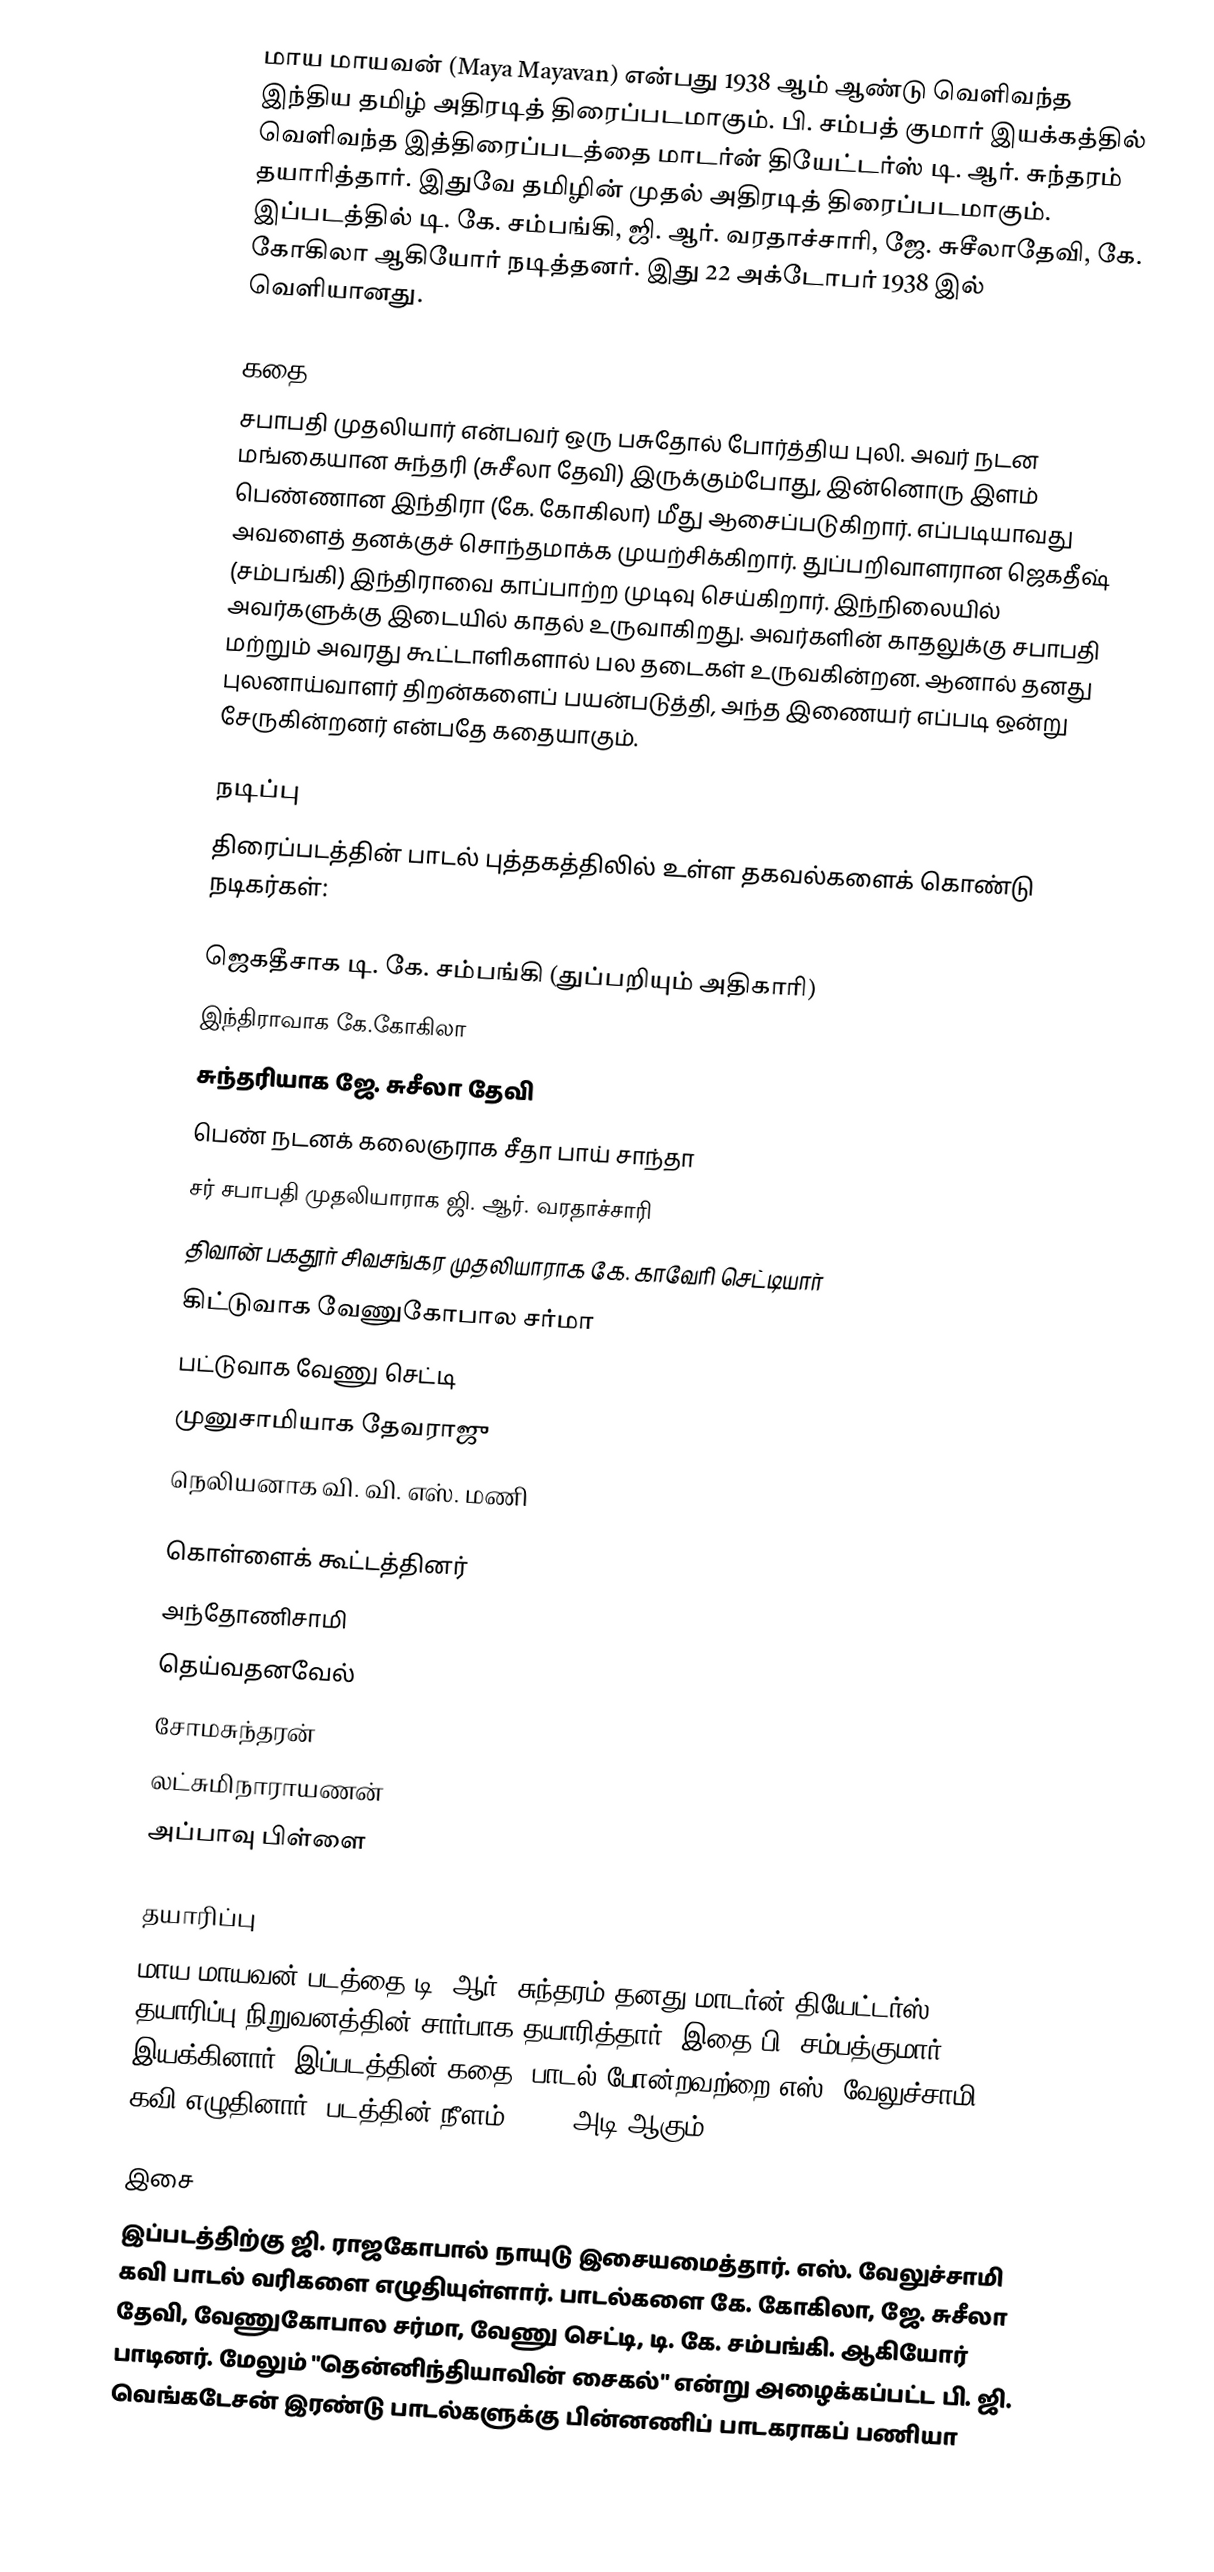
மாய மாயவன் (Maya Mayavan) என்பது 1938 ஆம் ஆண்டு வெளிவந்த இந்திய தமிழ் அதிரடித் திரைப்படமாகும். பி. சம்பத் குமார் இயக்கத்தில் வெளிவந்த இத்திரைப்படத்தை மாடர்ன் தியேட்டர்ஸ் டி. ஆர். சுந்தரம் தயாரித்தார். இதுவே தமிழின் முதல் அதிரடித் திரைப்படமாகும். இப்படத்தில் டி. கே. சம்பங்கி, ஜி. ஆர். வரதாச்சாரி,  ஜே. சுசீலாதேவி, கே. கோகிலா ஆகியோர் நடித்தனர். இது 22 அக்டோபர் 1938 இல் வெளியானது.

கதை
சபாபதி முதலியார் என்பவர் ஒரு பசுதோல் போர்த்திய புலி. அவர் நடன மங்கையான சுந்தரி (சுசீலா தேவி) இருக்கும்போது, இன்னொரு இளம் பெண்ணான இந்திரா (கே. கோகிலா) மீது ஆசைப்படுகிறார். எப்படியாவது அவளைத் தனக்குச் சொந்தமாக்க முயற்சிக்கிறார். துப்பறிவாளரான ஜெகதீஷ் (சம்பங்கி) இந்திராவை காப்பாற்ற முடிவு செய்கிறார். இந்நிலையில் அவர்களுக்கு இடையில் காதல் உருவாகிறது. அவர்களின் காதலுக்கு சபாபதி மற்றும் அவரது கூட்டாளிகளால் பல தடைகள் உருவகின்றன. ஆனால் தனது புலனாய்வாளர் திறன்களைப் பயன்படுத்தி, அந்த இணையர் எப்படி ஒன்று சேருகின்றனர் என்பதே கதையாகும்.

நடிப்பு
திரைப்படத்தின் பாடல் புத்தகத்திலில் உள்ள தகவல்களைக் கொண்டு நடிகர்கள்:

 ஜெகதீசாக டி. கே. சம்பங்கி  (துப்பறியும் அதிகாரி)
 இந்திராவாக  கே.கோகிலா
 சுந்தரியாக ஜே. சுசீலா தேவி
 பெண் நடனக் கலைஞராக சீதா பாய் சாந்தா
 சர் சபாபதி முதலியாராக ஜி. ஆர். வரதாச்சாரி
 திவான் பகதூர் சிவசங்கர முதலியாராக கே. காவேரி செட்டியார்
 கிட்டுவாக வேணுகோபால சர்மா
 பட்டுவாக வேணு செட்டி
 முனுசாமியாக தேவராஜு
 நெலியனாக வி. வி. எஸ். மணி

கொள்ளைக் கூட்டத்தினர்
 அந்தோணிசாமி
 தெய்வதனவேல்
 சோமசுந்தரன்
 லட்சுமிநாராயணன்
 அப்பாவு பிள்ளை

தயாரிப்பு
மாய மாயவன் படத்தை டி. ஆர். சுந்தரம் தனது மாடர்ன் தியேட்டர்ஸ் தயாரிப்பு நிறுவனத்தின் சார்பாக தயாரித்தார். இதை பி. சம்பத்குமார் இயக்கினார். இப்படத்தின் கதை, பாடல் போன்றவற்றை எஸ். வேலுச்சாமி கவி  எழுதினார். படத்தின் நீளம் 15500 அடி ஆகும்.

இசை
இப்படத்திற்கு ஜி. ராஜகோபால் நாயுடு இசையமைத்தார். எஸ். வேலுச்சாமி கவி பாடல் வரிகளை எழுதியுள்ளார். பாடல்களை  கே. கோகிலா,  ஜே. சுசீலா தேவி, வேணுகோபால சர்மா, வேணு செட்டி, டி. கே. சம்பங்கி. ஆகியோர் பாடினர். மேலும் "தென்னிந்தியாவின் சைகல்" என்று அழைக்கப்பட்ட பி. ஜி. வெங்கடேசன் இரண்டு பாடல்களுக்கு பின்னணிப் பாடகராகப் பணியா